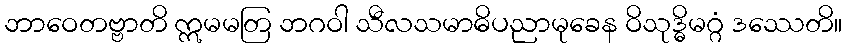
ဘာဝေတဗ္ဗာတိ ဣမမတြ ဘဂဝါ သီလသမာဓိပညာမုခေန ဝိသုဒ္ဓိမဂ္ဂံ ဒဿေတိ။